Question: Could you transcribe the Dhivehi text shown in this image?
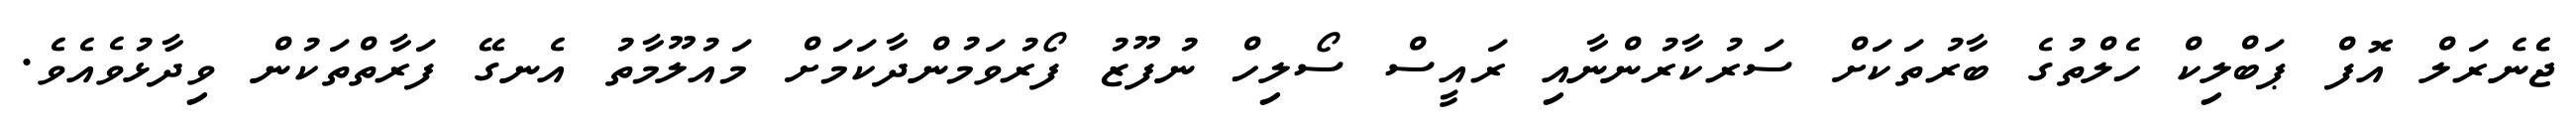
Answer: ޖެެނެރަލް އޮފް ޕަބްލިކް ހެލްތުގެ ބާރުތަކަށް ސަރުކާރުންނާއި ރައީސް ސޯލިހް ނުފޫޒު ފޯރުވަމުންދާކަމަށް މައުލޫމާތު އެނގޭ ފަރާތްތަކުން ވިދާޅުވެއެވެ.